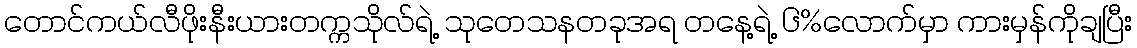
တောင်ကယ်လီဖိုးနီးယားတက္ကသိုလ်ရဲ့ သုတေသနတခုအရ တနေ့ရဲ့ ၆%လောက်မှာ ကားမှန်ကိုချပြီး